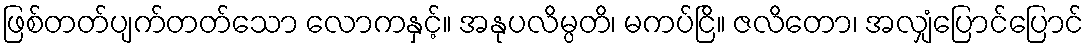
ဖြစ်တတ်ပျက်တတ်သော လောကနှင့်။ အနုပလိမ္ပတိ၊ မကပ်ငြိ။ ဇလိတော၊ အလျှံပြောင်ပြောင်